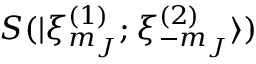
S ( | \xi _ { m _ { J } } ^ { ( 1 ) } ; \xi _ { - m _ { J } } ^ { ( 2 ) } \rangle )